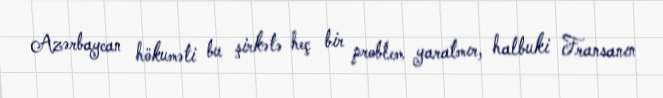
Azərbaycan hökuməti bu şirkətə heç bir problem yaratmır, halbuki Fransanın